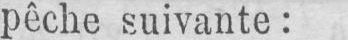
pêche suivante: